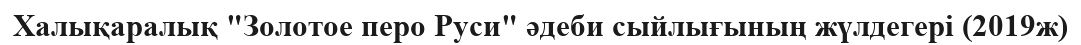
Халықаралық "Золотое перо Руси" әдеби сыйлығының жүлдегері (2019ж)